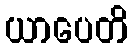
ယာပေတိ